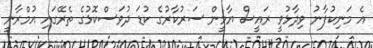
އެ މަނިކުފާނު ވިދާޅުވީ ރައީސް ޔާމީން ސަރުކާރުގެ ކުޑަ ދުވަސްކޮޅުގެ ތެރޭގައި އުމްރާނީ